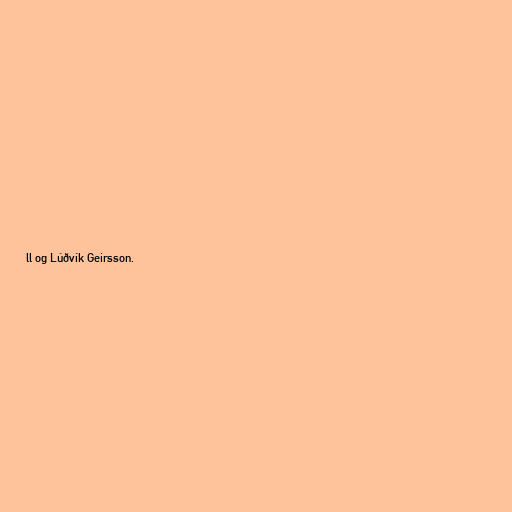
ll og Lúðvík Geirsson.